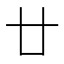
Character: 廿